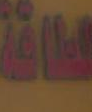
لطاقة